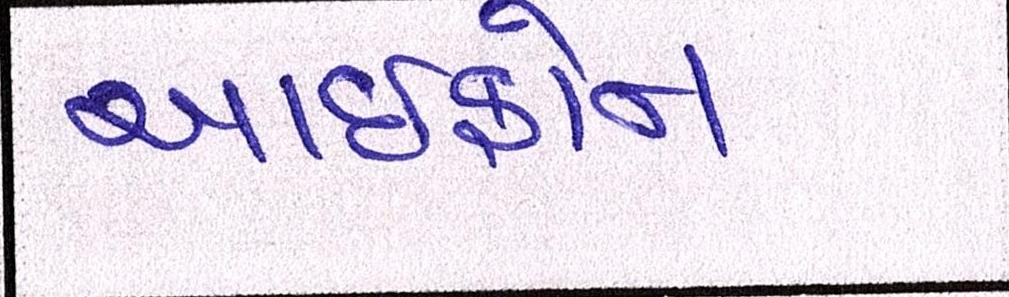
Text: આઇફોન